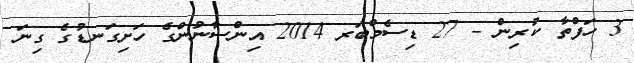
3 ހަފްތާ ކުރިން - 27 ޑިސެމްބަރ 2014 އިންސާނުންގެ ހަށިގަނޑުގެ ގިނަ